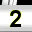
Digit: 2